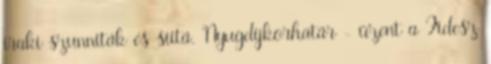
iraki szunniták és síitá. Nyugdíjkorhatár - üzent a Fidesz